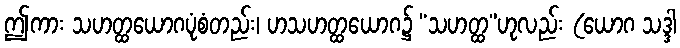
ဤကား သဟတ္ထယောဂပုံစံတည်း၊ ဟသဟတ္ထယောဂ၌ “သဟတ္ထ”ဟုလည်း (ယောဂ သဒ္ဒါ